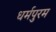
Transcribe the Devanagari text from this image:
धर्मपुरम